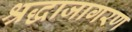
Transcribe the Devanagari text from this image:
श्रद्धाजागरण